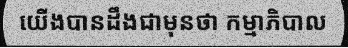
យើងបានដឹងជាមុនថា កម្មាភិបាល